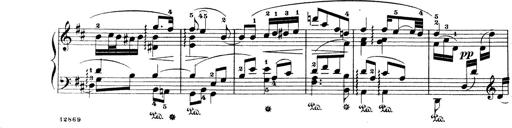
Title: Wagner-Liszt Album
Composer: Franz Liszt